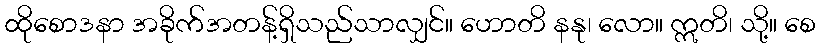
ထိုစောဒနာ အခိုက်အတန့်ရှိသည်သာလျှင်။ ဟောတိ နနု၊ လော။ ဣတိ၊ သို့။ စေ